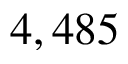
4 , 4 8 5